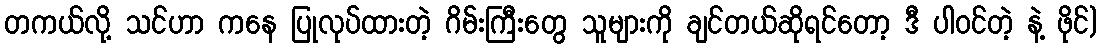
တကယ်လို့ သင်ဟာ ကနေ ပြုလုပ်ထားတဲ့ ဂိမ်းကြီးတွေ သူများကို ချင်တယ်ဆိုရင်တော့ ဒီ ပါဝင်တဲ့ နဲ့ ဖိုင်)